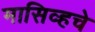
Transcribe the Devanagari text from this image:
मासिव्हचे